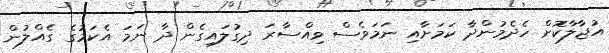
އުޖާލާކޮށް ހެދެމުންދާ ކަމަށާއި ނަމަވެސް ވިއްސާރަ ދިގުލައިގެން ދާ ނަމަ އެކަމުގެ ގެއްލުން